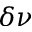
\delta \nu